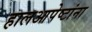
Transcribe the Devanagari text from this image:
हालआपेष्टांना